Indian journal of veterinary science and animal husbandry - Volume 10,
Year: 1940
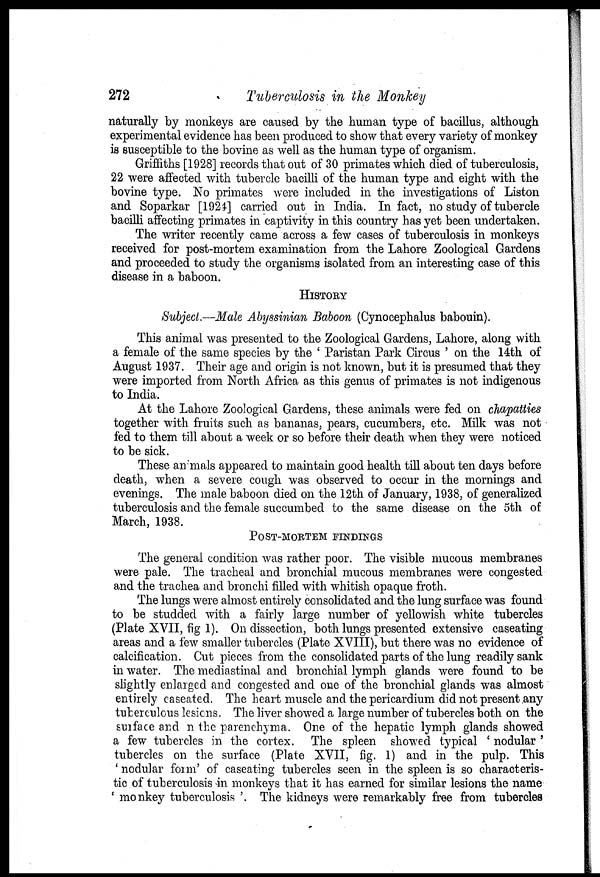
272
Tuberculosis in the Monkey
naturally by monkeys are caused by the human type of bacillus, although
experimental evidence has been produced to show that every variety of monkey
is susceptible to the bovine as well as the human type of organism.
Griffiths [1928] records that out of 30 primates which died of tuberculosis,
22 were affected with tubercle bacilli of the human type and eight with the
bovine type. No primates were included in the investigations of Liston
and Soparkar [1924] carried out in India. In fact, no study of tubercle
bacilli affecting primates in captivity in this country has yet been undertaken.
The writer recently came across a few cases of tuberculosis in monkeys
received for post-mortem examination from the Lahore Zoological Gardens
and proceeded to study the organisms isolated from an interesting case of this
disease in a baboon.
HISTORY
Subject.—Male Abyssinian Baboon (Cynocephalus babouin).
This animal was presented to the Zoological Gardens, Lahore, along with
a female of the same species by the ' Paristan Park Circus ' on the 14th of
August 1937. Their age and origin is not known, but it is presumed that they
were imported from North Africa as this genus of primates is not indigenous
to India.
At the Lahore Zoological Gardens, these animals were fed on chapatties
together with fruits such as bananas, pears, cucumbers, etc. Milk was not
fed to them till about a week or so before their death when they were noticed
to be sick.
These animals appeared to maintain good health till about ten days before
death, when a severe cough was observed to occur in the mornings and
evenings. The male baboon died on the 12th of January, 1938, of generalized
tuberculosis and the female succumbed to the same disease on the 5th of
March, 1938.
POST-MORTEM FINDINGS
The general condition was rather poor. The visible mucous membranes
were pale. The tracheal and bronchial mucous membranes were congested
and the trachea and bronchi filled with whitish opaque froth.
The lungs were almost entirely consolidated and the lung surface was found
to be studded with a fairly large number of yellowish white tubercles
(Plate XVII, fig 1). On dissection, both lungs presented extensive caseating
areas and a few smaller tubercles (Plate XVIII), but there was no evidence of
calcification. Cut pieces from the consolidated parts of the lung readily sank
in water. The mediastinal and bronchial lymph glands were found to be
slightly enlarged and congested and one of the bronchial glands was almost
entirely caseated. The heart muscle and the pericardium did not present any
tuberculous lesions. The liver showed a large number of tubercles both on the
surface and n the parenchyma. One of the hepatic lymph glands showed
a few tubercles in the cortex. The spleen showed typical ' nodular '
tubercles on the surface (Plate XVII, fig. 1) and in the pulp. This
' nodular form' of caseating tubercles seen in the spleen is so characteris-
tic of tuberculosis in monkeys that it has earned for similar lesions the name
' monkey tuberculosis '. The kidneys were remarkably free from tubercles